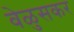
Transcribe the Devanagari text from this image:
वेळुसकर